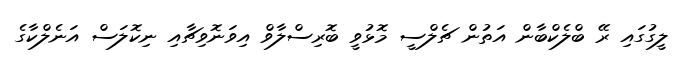
ލީގުގައި ރޭ ބްލެކްބާން އަތުން ޗެލްސީ މޮޅުވީ ބޮރިސްލާވް އިވަނޮވިޗާއި ނިކޮލަސް އަނެލްކާގެ